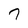
Character: 7